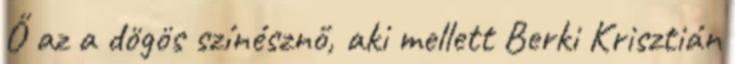
Ő az a dögös színésznő, aki mellett Berki Krisztián